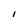
Character: l